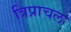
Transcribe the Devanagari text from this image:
त्रिप्राचल